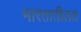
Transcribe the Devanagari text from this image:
भारतातीलत